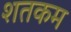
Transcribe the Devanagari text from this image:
शतकम